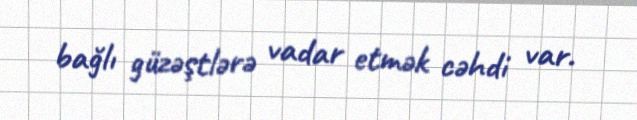
bağlı güzəştlərə vadar etmək cəhdi var.